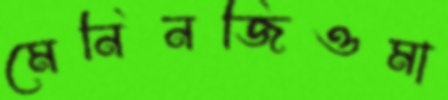
মেনিনজিওমা